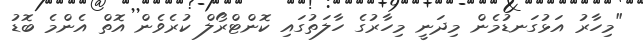
"މިހާރު އަޅުގަނޑުމެން މިދަނީ މިހާރުގެ ހާލަތުގައި ކޮންޓްރޯލް ކުރެވެން އޮތް އެެންމެ ބޮޑު